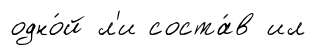
одно́й л'и соста́в ил